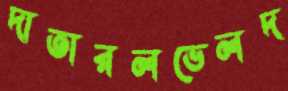
দাতারলভেলদ